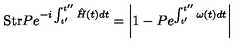
\mathrm { S t r } P e ^ { - i \int _ { t ^ { \prime } } ^ { t ^ { \prime \prime } } \hat { H } ( t ) d t } = \left| 1 - P e ^ { \int _ { t ^ { \prime } } ^ { t ^ { \prime \prime } } \omega ( t ) d t } \right|